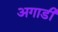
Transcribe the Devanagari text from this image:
अगाडी